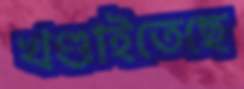
খণ্ডাইতেছে